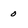
Character: 0